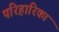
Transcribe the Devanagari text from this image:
परिहारिका